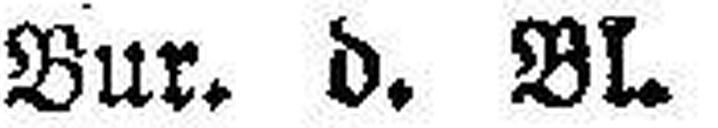
Bur. d. BI.